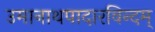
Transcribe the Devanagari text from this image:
उमानाथपादारविन्दम्